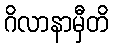
ဂိလာနာမှီတိ